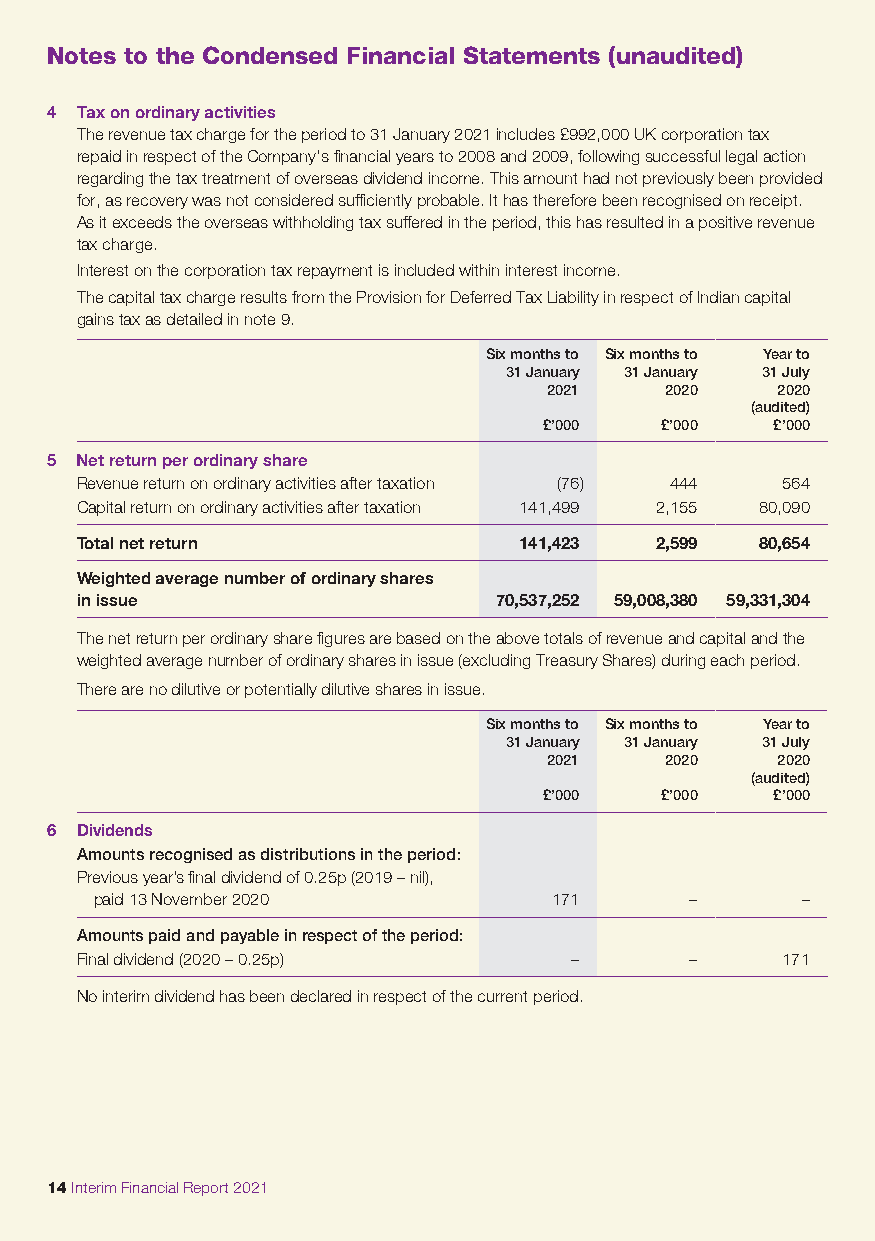
Notes to the Condensed Financial Statements (unaudited)
 4 Tax on ordinary activities
 The revenue tax charge for the period to 31 January 2021 includes £992,000 UK corporation tax
 repaid in respect of the Company’s financial years to 2008 and 2009, following successful legal action
 regarding the tax treatment of overseas dividend income. This amount had not previously been provided
 for, as recovery was not considered sufficiently probable. It has therefore been recognised on receipt.
 As it exceeds the overseas withholding tax suffered in the period, this has resulted in a positive revenue
 tax charge.
 Interest on the corporation tax repayment is included within interest income.
 The capital tax charge results from the Provision for Deferred Tax Liability in respect of Indian capital
 gains tax as detailed in note 9.
 Six months to Six months to Year to
 31 January 31 January 31 July
 2021    2020   2020
 (audited)
 £’000   £’000  £’000
 5 Net return per ordinary share
 Revenue return on ordinary activities after taxation (76) 444 564
 Capital return on ordinary activities after taxation 141,499 2,155 80,090
 Total net return             141,423  2,599  80,654
 Weighted average number of ordinary shares
 in issue                    70,537,252 59,008,380 59,331,304
 The net return per ordinary share figures are based on the above totals of revenue and capital and the
 weighted average number of ordinary shares in issue (excluding Treasury Shares) during each period.
 There are no dilutive or potentially dilutive shares in issue.
 Six months to Six months to Year to
 31 January 31 January 31 July
 2021    2020   2020
 (audited)
 £’000   £’000  £’000
 6 Dividends
 Amounts recognised as distributions in the period:
 Previous year’s final dividend of 0.25p (2019 – nil),
 paid 13 November 2020         171       –      –
 Amounts paid and payable in respect of the period:
 Final dividend (2020 – 0.25p)    –       –     171
 No interim dividend has been declared in respect of the current period.
 14 Interim Financial Report 2021